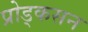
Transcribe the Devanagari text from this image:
प्रोड्कसन